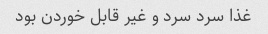
غذا سرد سرد و غیر قابل خوردن بود